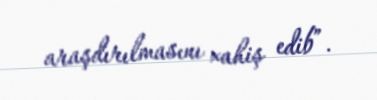
araşdırılmasını xahiş edib”.